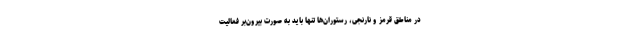
در مناطق قرمز و نارنجی، رستوران‌ها تنها باید به صورت بیرون‌بر فعالیت